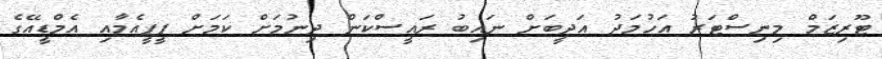
ޓޫރިޒަމް މިނިސްޓަރު އަހުމަދު އަދީބަށް ނައިބު ރައީސްކަން ދިނުމަށް ކަމަށް ޕީޕީއެމާއި އެމްޑީއޭގެ